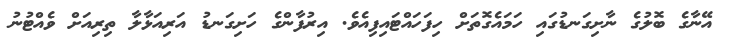
އޭނާގެ ބޮލުގެ ނާށިގަނޑުގައި ހަމައެގޮތަށް ހިފަހައްޓައިފިއެވެ. އިރުފާންގެ ހަށިގަނޑު އަރިއަޅާލާ ތިރިއަށް ވެއްޓުނު